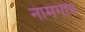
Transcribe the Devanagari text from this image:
नामगोत्रं